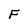
Character: F